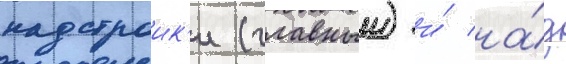
надстроик'и (главныи) и́ на́д